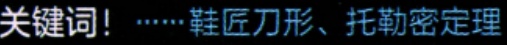
关键词！······鞋匠刀形、托勒密定理